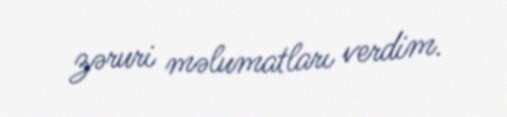
zəruri məlumatları verdim.